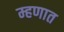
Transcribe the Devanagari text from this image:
म्हणात